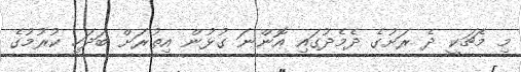
މި މެޗަކީ ދެ ރަށުގެ ދެމެދުގައި އޮންނަ ގުޅުން އިތުރަށް ބަދަހި ކުރުމުގެ